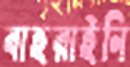
বাহরাইনি